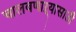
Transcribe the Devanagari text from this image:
चालवणाऱ्यासाठी